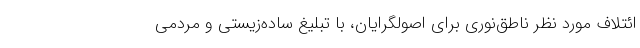
ائتلاف مورد نظر ناطق‌نوری برای اصولگرایان، با تبلیغ ساده‌زیستی و مردمی